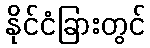
နိုင်ငံခြားတွင်